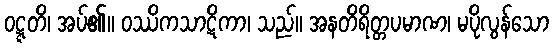
ဝဋ္ဋတိ၊ အပ်၏။ ဝဿိကသာဋိကာ၊ သည်။ အနတိရိတ္တပမာဏ၊ မပိုလွန်သော